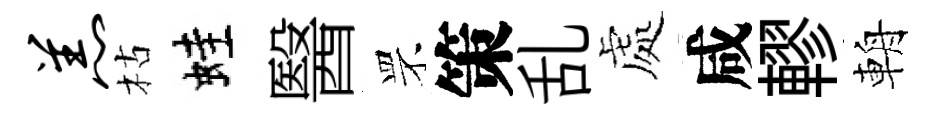
羔枯蛙醫罘策乱處咸轇輈